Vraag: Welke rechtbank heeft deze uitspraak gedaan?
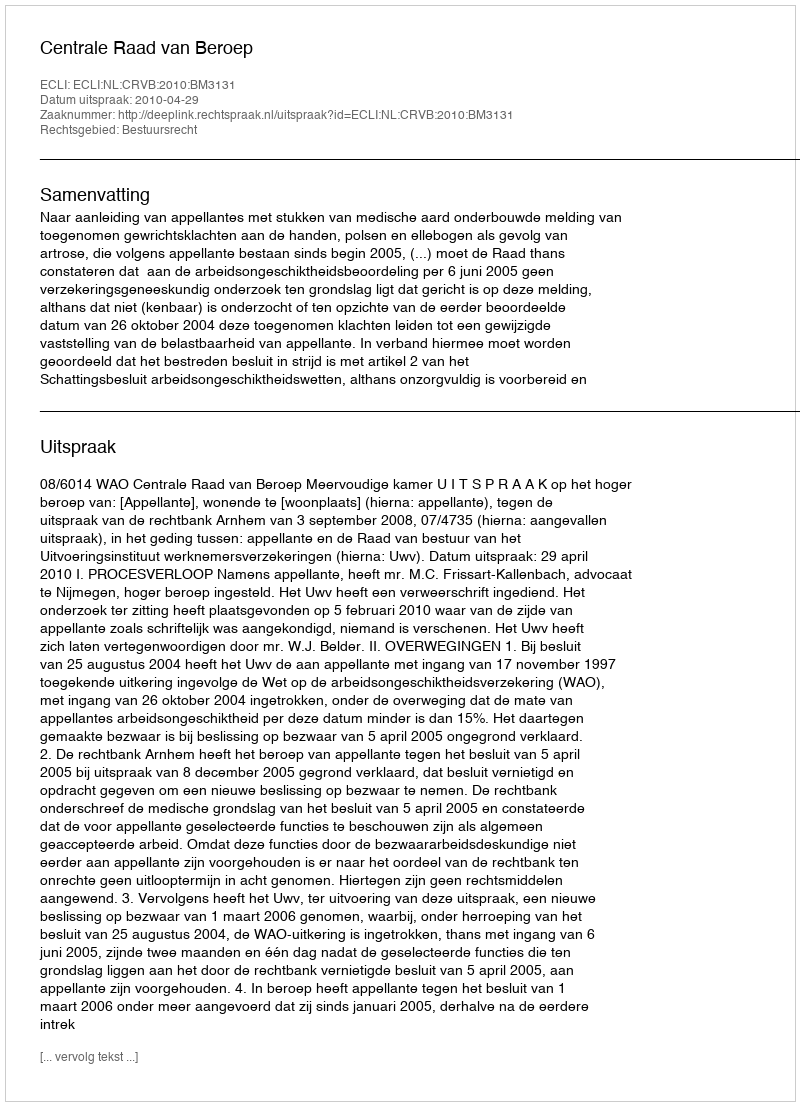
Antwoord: Centrale Raad van Beroep